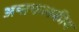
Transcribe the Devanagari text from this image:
अष्तफलकीय